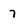
Character: 7